Lunatic asylums Bombay report 1878-1890 - 1878-1890
Year: 1878
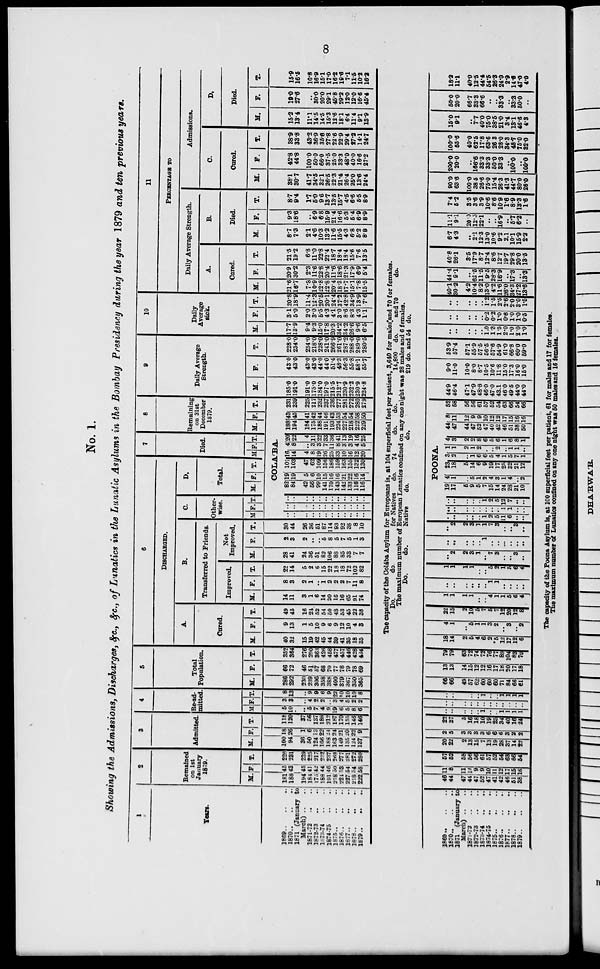
8
No. 1.
Showing the Admissions, Discharges, &c., &c., of Lunatics in the Lunatic Asylums in the Bombay Presidency during the year 1879 and ten previous years.
1
Years.
1869 .. .. ..
1870 .. .. ..
1871 (January to
March) .. ..
1871-72 .. ..
1872-73 .. ..
l873-74 .. ..
1874-75 .. ..
1875
..
..
..
1876
..
..
..
1877 .. .. ..
1878 .. .. ..
1879
..
..
..
2
Remained
on 1st
January
1879.
M.
181
188
194
184
175
188
191
218
224
227
218
222
F.
45
43
45
41
42
44
46
50
53
54
54
58
T.
226
231
239
225
217
232
237
268
277
281
272
280
3
Admitted.
M.
100
94
36
50
124
166
188
163
149
135
124
137
F.
18
26
1
6
13
22
24
24
21
20
22
9
T.
118
120
37
56
137
188
212
187
170
155
146
146
4
Re-ad-
mitted.
M
5
10
..
5
7
4
9
19
6
5
8
6
F.
3
3
..
4
2
2
..
3
4
5
2
2
T.
8
13
..
9
9
6
9
22
10
10
10
8
5
Total
Population.
M.
286
292
230
239
306
358
388
400
379
367
350
365
F.
66
72
46
51
57
68
70
77
78
79
78
69
T.
352
364
276
290
363
426
458
477
457
446
428
434
6
DISCHARGED.
A.
Cored.
M.
40
32
15
19
42
45
44
39
41
35
18
35
1869
..
..
..
1870 .. .. ..
1871 (January to
March) ..
1871-72 .. ..
1872-73 .. ..
1873-74 .. ..
1874-75 .. ..
1875
..
..
..
1876 .. .. ..
1877
..
..
..
1878 .. .. ..
1879 .. .. ..
46
44
47
44
47
52
47
41
42
46
51
38
11
8
11
12
9
9
10
11
12
17
15
16
57
52
58
56
56
61
57
52
54
63
66
54
20
22
2
13
15
7
13
19
28
37
14
22
2
5
3
3
3
3
6
6
6
3
2
2
22
27
5
16
18
10
19
25
34
40
16
24
..
..
..
..
..
1
..
..
1
1
1
1
..
..
..
..
..
..
..
..
..
..
..
..
..
..
..
..
..
1
..
..
1
1
1
1
66
66
49
57
62
60
60
60
71
84
66
61
13
13
14
15
12
12
16
17
18
20
17
18
79
79
63
72
74
72
76
77
89
104
83
79
18
14
2
5
4
6
2
5
12
17
12
6
F.
9
13
1
5
10
9
6
9
12
10
4
8
T.
49
45
16
24
52
54
50
48
53
45
22
38
B.
Transferred to Friends.
Improved.
M.
14
11
3
1
6
14
20
16
16
65
91
74
F.
8
3
2
1
..
1
2
2
2
7
11
8
T.
22
14
5
2
6
15
22
18
18
72
102
82
Not
Improved.
M.
28
41
24
36
51
82
106
88
85
33
7
7
F.
2
3
2
..
..
5
8
5
7
5
1
3
T.
30
44
26
36
51
87
114
93
92
38
8
10
C.
Other-
wise.
M F. T.
D.
Total.
M. F. T.
7
Died.
M F. T.
8
Remaining
on 31st
December
1879.
M.
F. T.
COLA'BA.
..
..
..
..
..
..
..
..
..
..
..
..
..
..
..
..
..
..
..
..
..
..
..
..
..
..
..
..
..
..
..
..
..
..
..
..
82
84
42
56
99
141
170
143
142
133
116
116
19
19
5
6
10
15
16
16
21
22
16
14
101
103
47
62
109
156
186
159
163
155
132
130
16
14
4
8
19
26
25
33
10
16
12
20
4
8
..
3
3
7
11
8
3
3
4
5
20
22
4
11
22
33
36
41
13
19
16
25
188
194
184
175
188
191
193
224
227
218
222
229
43
45
41
42
44
46
43
53
54
54
58
50
231
239
225
217
232
237
236
277
281
272
280
279
9
Daily Average
Strength.
M.
185.0
191.0
191.0
175.0
184.0
197.0
215.5
212.7
230.9
232.2
230.9
224.8
F.
43.0
43.0
43.0
43.0
44.0
44.0
51.4
48.3
56.3
55.8
58.1
55.7
T.
228.0
234.0
234.0
218.0
228.0
241.0
266.9
261.0
287.2
288.0
289.0
280.5
10
Daily
Average
sick.
M.
17.7
13.9
9.4
9.3
15.0
17.8
20.3
34.2
34.2
26.6
9.6
6.5
F.
3.1
5.0
2.0
3.0
6.5
4.3
4.1
3.0
8.6
8.3
4.3
1.1
T.
20.8
18.9
11.4
12.3
20.5
20.1
24.4
37.2
42.8
34.9
13.9
7.6
11
PERCENTAGE
TO
Daily Average Strength.
A.
Cured.
M.
21.6
16.7
7.8
10.9
22.8
22.8
20.4
18.3
17.7
15.1
7.8
15.5
F.
20.9
30.2
2.3
11.6
22.8
20.4
11.6
18.6
21.3
17.9
6.9
5.4
T.
21.5
19.2
6.8
11.0
22.8
22.4
18.7
18.4
18.4
15.6
7.6
13.5
The capacity of the Colába Asylum for Europeans is, at 104 superficial feet per patient, 3,640 for males and 70 for females.
Do.
do.
for Natives
do.
74
do.
do.
14,800
do.
and 70
do.
The maximum number of European Lunatics confined on any one night was 28 males and 6 females.
Bo.
do.
Native
do.
do.
219 do. and 54 do.
4
1
..
5
1
1
3
2
..
8
..
2
22
15
2
10
5
7
5
7
12
20
32
8
1
1
1
1
..
..
4
1
1
5
6
4
..
..
..
..
..
..
1
1
..
..
..
..
1
1
1
1
..
..
5
2
1
5
6
4
..
2
2
3
1
..
7
3
..
..
3
..
..
..
..
..
..
1
..
..
...
..
..
..
..
2
2
3
1
1
7
3
..
..
3
..
POONA.
..
..
..
..
..
1
2
5
11
6
..
..
..
..
..
..
..
..
..
..
1
1
..
..
..
..
..
..
..
1
2
5
12
7
..
..
19
17
5
9
5
7
15
14
24
28
21
10
4
1
..
5
1
2
4
3
1
4
..
2
23
18
5
14
6
9
19
17
25
32
21
12
3
2
..
1
6
6
5
4
1
5
7
1
1
1
2
1
2
..
..
2
..
1
1
..
4
3
2
2
8
6
5
6
1
6
8
1
44
47
44
47
52
47
40
42
46
51
38
50
8
11
12
9
9
10
12
12
17
15
16
16
52
58
56
56
61
57
52
54
63
66
54
66
44.9
46.4
47.1
47.9
48.8
46.0
47.0
43.1
46.0
49.5
44.0
44.0
9.0
11.0
10.0
8.0
8.7
10.5
10.6
11.8
15.0
17.3
16.0
15.0
53.9
57.4
57.1
55.9
57.5
56.5
57.6
54.9
61.0
66.8
60.0
59.0
..
..
..
..
..
1.0
1.3
1.5
2.0
1.0
2.0
1.0
..
..
..
..
..
0.2
0.2
1.0
0.6
1.0
1.0
0.5
..
..
..
..
..
1.2
1.5
2.5
2.6
2.0
3.0
1.5
10.1
30.2
4.2
10.4
8.2
13.0
4.2
11.6
26.0
34.3
27.2
13.6
44.4
9.1
..
62.5
11.5
9.5
28.3
16.9
..
17.3
..
13.3
40.8
26.1
3.5
17.9
8.7
12.4
8.6
12.7
19.7
29.8
20.0
13.5
B.
Died.
M.
8.7
7.3
2.1
4.6
10.3
13.2
11.6
15.5
4.3
6.8
5.2
8.8
F.
9.3
18.6
..
6.9
6.8
15.9
21.4
16.6
5.3
5.4
6.9
8.9
T.
8.7
9.4
1.7
5.0
9.6
13.7
13.5
15.7
4.5
6.6
5.5
8.9
Admissions.
C.
Cured.
M.
38.1
30.7
41.7
34.5
32.1
26.5
22.3
21.4
26.4
25.0
13.6
24.4
F.
42.8
44.8
100.0
50.0
66.0
37.5
25.0
33.3
48.0
40.0
16.6
27.2
T.
38.9
33.8
43.2
36.9
35.6
27.8
22.6
22.9
29.4
27.2
14.1
24.7
D.
Died.
M.
15.2
13.4
11.1
14.5
14.5
15.3
12.6
18.1
6.4
11.4
9.1
18.9
F.
19.0
27.6
..
30.0
20.0
29.1
45.8
29.2
12.0
12.0
16.6
45.4
T.
15.9
16.5
10.8
16.9
15.1
17.0
16.2
19.6
7.1
11.5
10.2
16.8
6.7
4.3
..
2.1
12.3
13.0
10.6
9.2
2.1
10.1
15.9
2.2
11.1
9.1
20.0
12.5
22.1
..
..
16.9
..
5.7
6.2
..
7.4
5.2
8.5
3.6
3.9
10.6
8.6
10.9
1.6
8.9
18.3
1.6
90.0
63.6
100.0
38.5
26.6
75.0
15.4
26.3
41.3
44.7
80.0
26.0
200.0
20.0
..
166.6
33.3
33.3
50.0
33.3
..
100.0
..
100.0
100.0
55.6
40.0
62.5
17.8
63.6
26.3
28.0
84.3
48.7
75.0
32.0
15.0
9.1
..
7.7
40.0
75.0
38.5
21.0
8.4
13.1
46.6
4.3
50.0
20.0
66.7
33.3
66.6
..
..
33.3
..
33.3
50.0
..
18.2
11.1
40.0
12.5
44.4
54.5
26.3
24.0
2.9
14.6
47.0
4.0
The capacity of the Poona Asylum is, at 100 superficial feet per patient, 61 for males and 17 for females.
The maximum number of Lunatics confined on any one night was 50 males and 16 females.